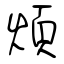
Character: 煩